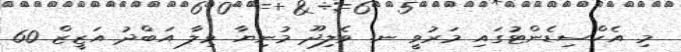
މި އެކްސިޑެންޓުގައި މަރުވީ ނ. ވެލިދޫ މުނިޔާ ވިލާ އަބްދު އަޒީޒް 60